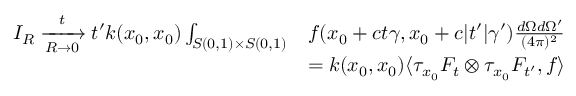
\begin{array} { r l } { I _ { R } \xrightarrow [ R \rightarrow 0 ] t t ^ { \prime } k ( x _ { 0 } , x _ { 0 } ) \int _ { S ( 0 , 1 ) \times S ( 0 , 1 ) } } & { f ( x _ { 0 } + c t \gamma , x _ { 0 } + c | t ^ { \prime } | \gamma ^ { \prime } ) \frac { d \Omega d \Omega ^ { \prime } } { ( 4 \pi ) ^ { 2 } } } \\ & { = k ( x _ { 0 } , x _ { 0 } ) \langle \tau _ { x _ { 0 } } F _ { t } \otimes \tau _ { x _ { 0 } } F _ { t ^ { \prime } } , f \rangle } \end{array}